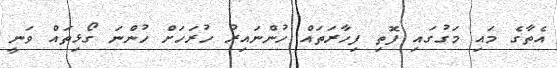
އެތާގެ މައި މަގުގައި ފޮތި ފިހާރަތައް ހުންނައިރު ހުރަހަށް ހުންނަ ގޯޅިތައް ވަނީ